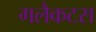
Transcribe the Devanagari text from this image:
गलैकटस